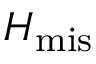
H _ { \mathrm { m i s } }